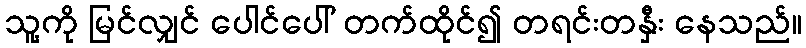
သူ့ကို မြင်လျှင် ပေါင်ပေါ် တက်ထိုင်၍ တရင်းတနှီး နေသည်။